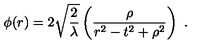
\phi ( r ) = 2 \sqrt { \frac { 2 } { \lambda } } \left( { \frac { \rho } { r ^ { 2 } - t ^ { 2 } + \rho ^ { 2 } } } \right) \ .